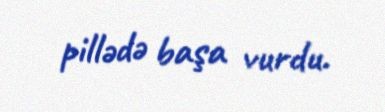
pillədə başa vurdu.